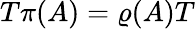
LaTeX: T\pi(A)=\varrho(A)T